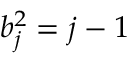
b _ { j } ^ { 2 } = j - 1